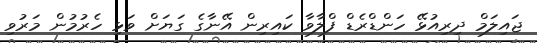
ޖައިލަމް ދިރިއުޅޭ ހަންޑްރެޑް ފްލާވާ ކައިރިން އޭނާގެ ގަޔަށް ވަޅި ހެރުމުން މަރުވި